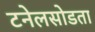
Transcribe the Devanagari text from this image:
टनेलसोडता